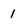
Character: 1